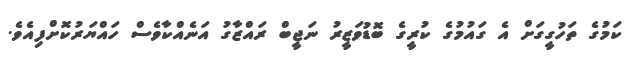
ކަމުގެ ތަހުގީގަށް އެ ގައުމުގެ ކުރީގެ ބޮޑުވަޒީރު ނަޖީބް ރައްޒާގު އަނެއްކާވެސް ހައްޔަރުކޮށްފިއެވެ.